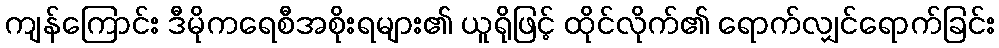
ကျန်ကြောင်း ဒီမိုကရေစီအစိုးရများ၏ ယူရိုဖြင့် ထိုင်လိုက်၏ ရောက်လျှင်ရောက်ခြင်း